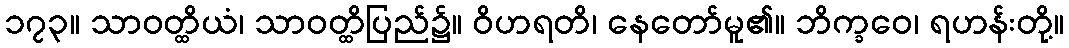
၁၇၃။ သာဝတ္ထိယံ၊ သာဝတ္ထိပြည်၌။ ဝိဟရတိ၊ နေတော်မူ၏။ ဘိက္ခဝေ၊ ရဟန်းတို့။